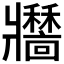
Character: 𤖣